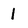
Character: I